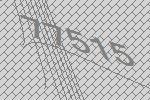
77515